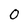
Character: 0